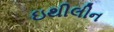
ઇથીલીન